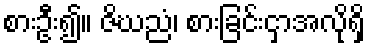
စားဦး၍။ ဇိဃညံ၊ စားခြင်းငှာအလိုရှိ